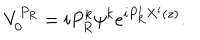
V _ { 0 } ^ { P _ { R } } = i P _ { R } ^ { k } \psi ^ { k } e ^ { i P _ { R } ^ { i } X ^ { i } ( z ) } .